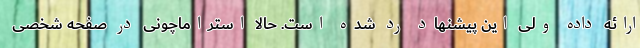
ارائه داده ولی این پیشنهاد رد شده است. حالا استراماچونی در صفحه شخصی